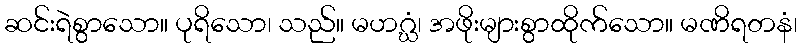
ဆင်းရဲစွာသော။ ပုရိသော၊ သည်။ မဟဂ္ဃံ၊ အဖိုးများစွာထိုက်သော။ မဏိရတနံ၊